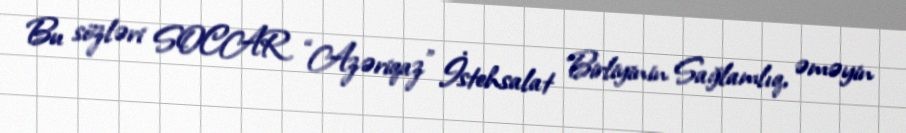
Bu sözləri SOCAR “Azəriqaz” İstehsalat Birliyinin Sağlamlıq, əməyin